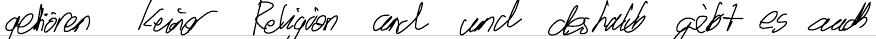
gehören keiner Religion an und deshalb gibt es auch